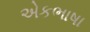
એકભાષા